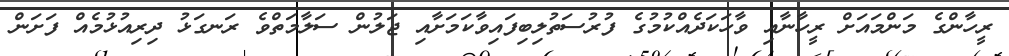
ރީހާންގެ މަންމައަށް ރީހާނާއި ވާހަކަދެއްކުމުގެ ފުރުސަތުލިބިފައިވާކަމަށާއި ޖަލުން ސަލާމަތްވެ ރަނގަޅު ދިރިއުޅުމެއް ފަށަން